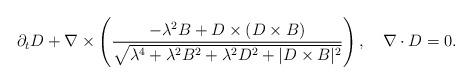
LaTeX: \begin{align*}\partial_t D +\nabla\times\left(\frac{-\lambda^2 B + D\times(D\times B)}{\sqrt{\lambda^4 + \lambda^2B^2+ \lambda^2D^2+|D\times B|^2}}\right),\quad\nabla\cdot D=0.\end{align*}